Black-water fever - Number 35
Disease focus: Fever
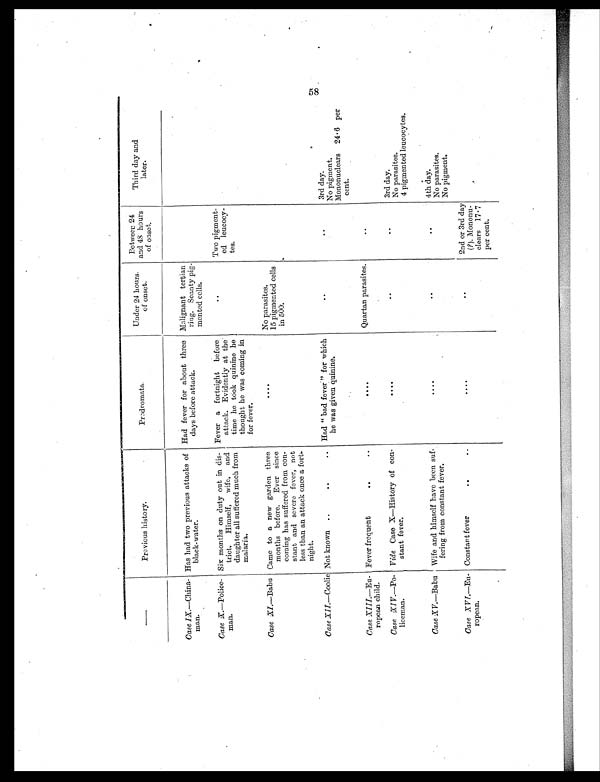
—
Previous history.
Prodromata.
Under 24 hours.
of onset.
Between 24
and 48 hours
of onset.
Third day and
later.
Case IX.—China-
man.
Has had two previous attacks of
black-water.
Had fever for about three
days before attack.
Malignant tertian
ring. Scanty pig-
mented cells.
Case X.—Police-
man.
Six months on duty out in dis-
trict. Himself, wife, and
daughter all suffered much from
malaria.
Fever a fortnight before
attack. Evidently at the
time he took quinine he
thought he was coming in
for fever.
..
Two pigment-
ed leucocy-
tes.
Case XI.—Babu Came to a new garden three
months before. Ever since
coming has suffered from con-
stant and severe fever, not
less than an attack once a fort-
night.
....
No parasites.
15 pigmented cells
in 500.
Case XII.—Coolie Not known ..
..
.. Had " bad fever" for which
he was given quinine.
. .
..
3rd day.
No pigment.
Mononuclears 24.6 per
cent.
Case XIII. —Eu-
ropean child.
Fever frequent
..
..
. . . .
Quartan parasites.
..
Case XIV.—Po-
liceman.
Vide Case X—History of con-
stant fever.
. . . .
..
. .
3rd day.
No parasites.
4 pigmented leucocytes.
Case XV.—Babu Wife and himself have been suf-
fering from constant fever.
. . . .
. .
..
4th day.
No parasites.
No pigment.
Case XVI.—Eu-
ropean.
Constant fever
..
. .
. . . .
. .
2nd or 3rd day
(?). Mononu-
clears 17.7
per cent.
58